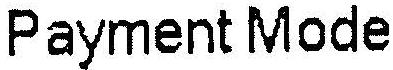
PAYMENT MODE